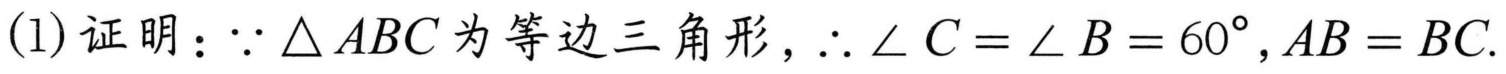
(1)证明：$\because\triangle ABC$为等边三角形，$\therefore\angle C=\angle B = 60^{\circ},AB = BC$.